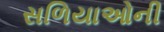
સળિયાઓની